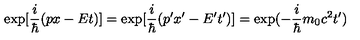
\exp [ \frac { i } { \hbar } ( p x - E t ) ] = \exp [ \frac { i } { \hbar } ( p ^ { \prime } x ^ { \prime } - E ^ { \prime } t ^ { \prime } ) ] = \exp ( - \frac { i } { \hbar } m _ { 0 } c ^ { 2 } t ^ { \prime } )